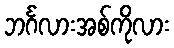
ဘင်္ဂလားအစ်ကိုလား